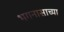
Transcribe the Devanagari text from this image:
भगनासाच्या